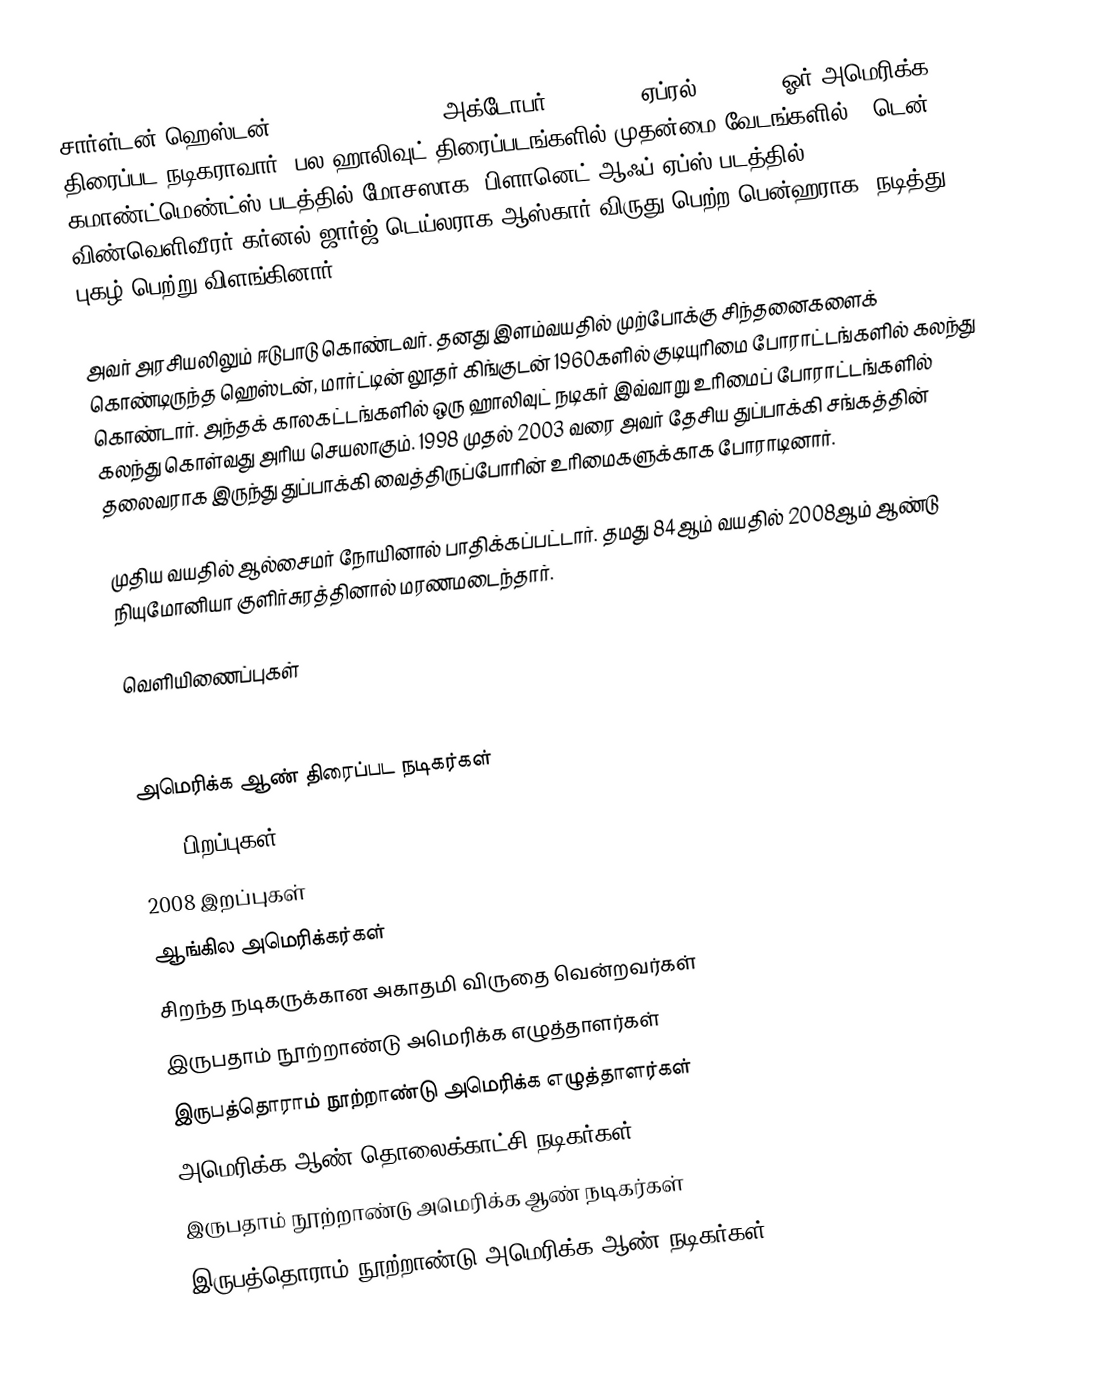
சார்ள்டன் ஹெஸ்டன் (Charlton Heston) (அக்டோபர் 4, 1923 – ஏப்ரல் 5, 2008) ஓர் அமெரிக்க திரைப்பட நடிகராவார். பல ஹாலிவுட் திரைப்படங்களில் முதன்மை வேடங்களில் - டென் கமாண்ட்மெண்ட்ஸ் படத்தில் மோசஸாக, பிளானெட் ஆஃப் ஏப்ஸ் படத்தில் விண்வெளிவீரர் கர்னல் ஜார்ஜ் டெய்லராக,ஆஸ்கார் விருது பெற்ற பென்ஹராக- நடித்து புகழ் பெற்று விளங்கினார்.

அவர் அரசியலிலும் ஈடுபாடு கொண்டவர். தனது இளம்வயதில் முற்போக்கு சிந்தனைகளைக் கொண்டிருந்த ஹெஸ்டன், மார்ட்டின் லூதர் கிங்குடன் 1960களில் குடியுரிமை போராட்டங்களில் கலந்து கொண்டார். அந்தக் காலகட்டங்களில் ஒரு ஹாலிவுட் நடிகர் இவ்வாறு உரிமைப் போராட்டங்களில் கலந்து கொள்வது அரிய செயலாகும். 1998 முதல் 2003 வரை அவர் தேசிய துப்பாக்கி சங்கத்தின் தலைவராக இருந்து துப்பாக்கி வைத்திருப்போரின் உரிமைகளுக்காக போராடினார்.

முதிய வயதில் ஆல்சைமர் நோயினால் பாதிக்கப்பட்டார். தமது 84ஆம் வயதில் 2008ஆம் ஆண்டு நியுமோனியா குளிர்சுரத்தினால் மரணமடைந்தார்.

வெளியிணைப்புகள்

அமெரிக்க ஆண் திரைப்பட நடிகர்கள்
1923 பிறப்புகள்
2008 இறப்புகள்
ஆங்கில அமெரிக்கர்கள்
சிறந்த நடிகருக்கான அகாதமி விருதை வென்றவர்கள்
இருபதாம் நூற்றாண்டு அமெரிக்க எழுத்தாளர்கள்
இருபத்தொராம் நூற்றாண்டு அமெரிக்க எழுத்தாளர்கள்
அமெரிக்க ஆண் தொலைக்காட்சி நடிகர்கள்
இருபதாம் நூற்றாண்டு அமெரிக்க ஆண் நடிகர்கள்
இருபத்தொராம் நூற்றாண்டு அமெரிக்க ஆண் நடிகர்கள்